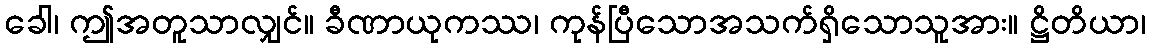
ခေါ၊ ဤအတူသာလျှင်။ ခီဏာယုကဿ၊ ကုန်ပြီသောအသက်ရှိသောသူအား။ ဋ္ဌိတိယာ၊